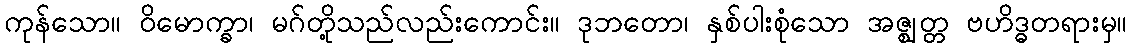
ကုန်သော။ ဝိမောက္ခာ၊ မဂ်တို့သည်လည်းကောင်း။ ဒုဘတော၊ နှစ်ပါးစုံသော အဇ္ဈတ္တ ဗဟိဒ္ဓတရားမှ။